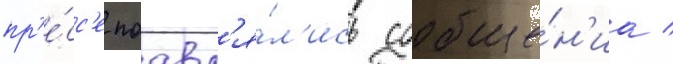
пр'е́сс'е поавл'я́л'ись сообще́н'иа /